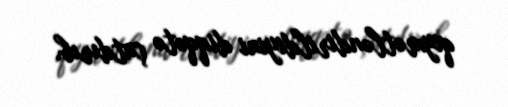
qiymətləndirildiyini diqqətə çatdırıb.